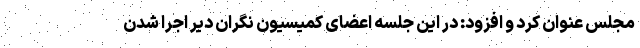
مجلس عنوان کرد و افزود: در این جلسه اعضای کمیسیون نگران دیر اجرا شدن